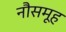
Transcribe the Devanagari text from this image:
नौसमूह